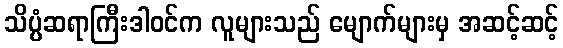
သိပ္ပံဆရာကြီးဒါဝင်က လူများသည် မျောက်များမှ အဆင့်ဆင့်